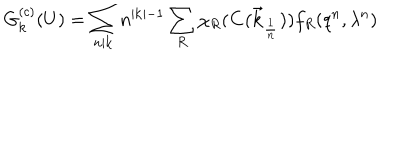
G _ { { \bf k } } ^ { ( c ) } ( U ) = \sum _ { n | { \bf k } } n ^ { | { \bf k } | - 1 } \sum _ { R } \chi _ { R } ( { \bf C ( \vec { k } _ { \frac { 1 } { n } } ) } ) f _ { R } ( q ^ { n } , \lambda ^ { n } )